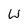
Character: W